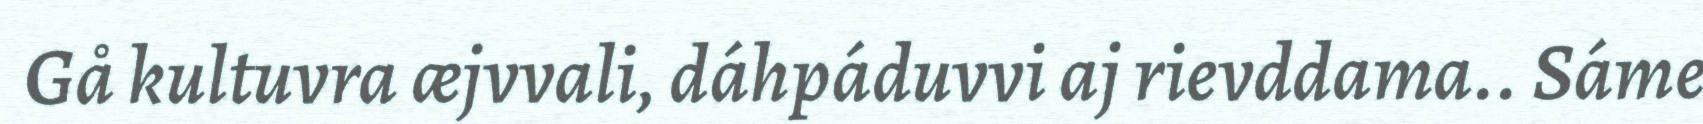
Gå kultuvra æjvvali, dáhpáduvvi aj rievddama.. Sáme